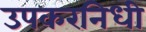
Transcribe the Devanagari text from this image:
उपकरनिधी